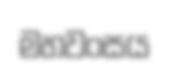
මහවංසය